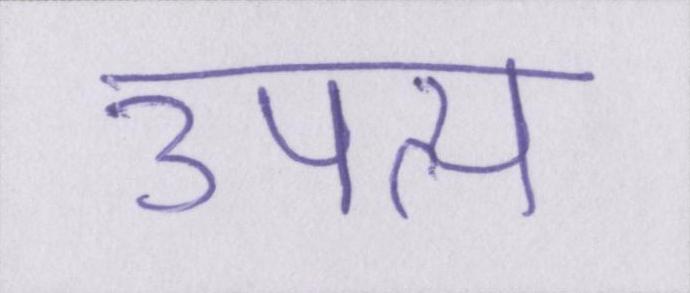
उपत्य